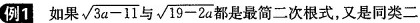
例1如果 \sqrt{3a-11} 与 \sqrt{19-2a} 都是最简二次根式，又是同类二